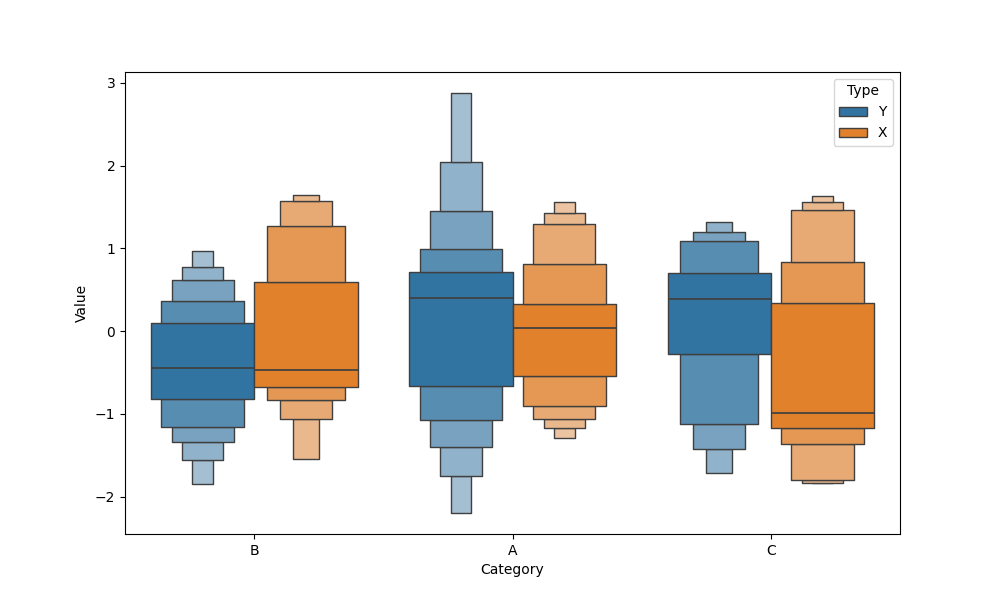
python, seaborn, boxenplot, k_depth='full', linewidth=1, scale='linear', outlier_prop=0.1, showfliers=True